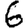
Digit: 6